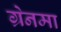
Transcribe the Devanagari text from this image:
ग्रेनमा